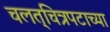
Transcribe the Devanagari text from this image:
चलत्‌चित्रपटाच्या